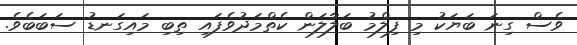
ވެސް ގިނަ ބަޔަކު މި ފިލްމު ބަލާލަން ކެތްމަދުވެފައި ތިބި މައިގަނޑު ސަބަބެވެ.